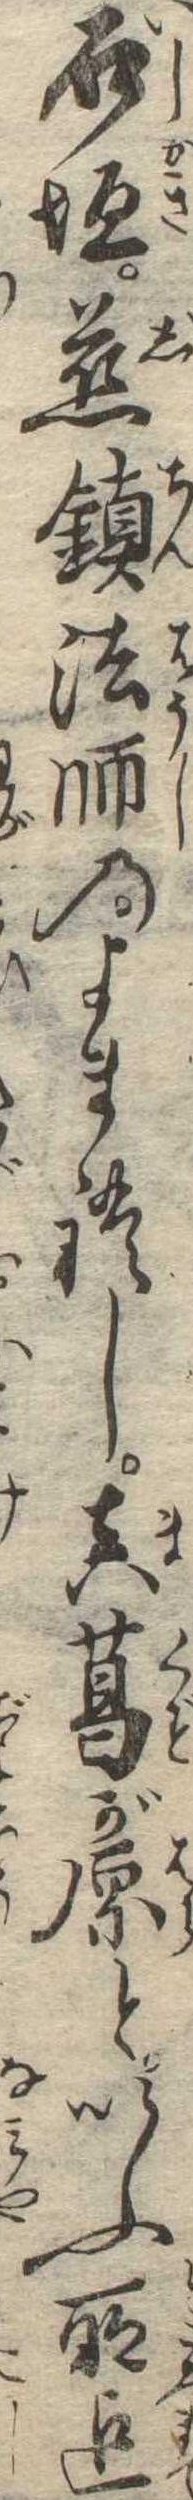
石垣慈鎮法師のよまれし真葛が原といふ所迄